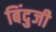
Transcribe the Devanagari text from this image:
बिंदुजी